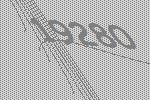
19280